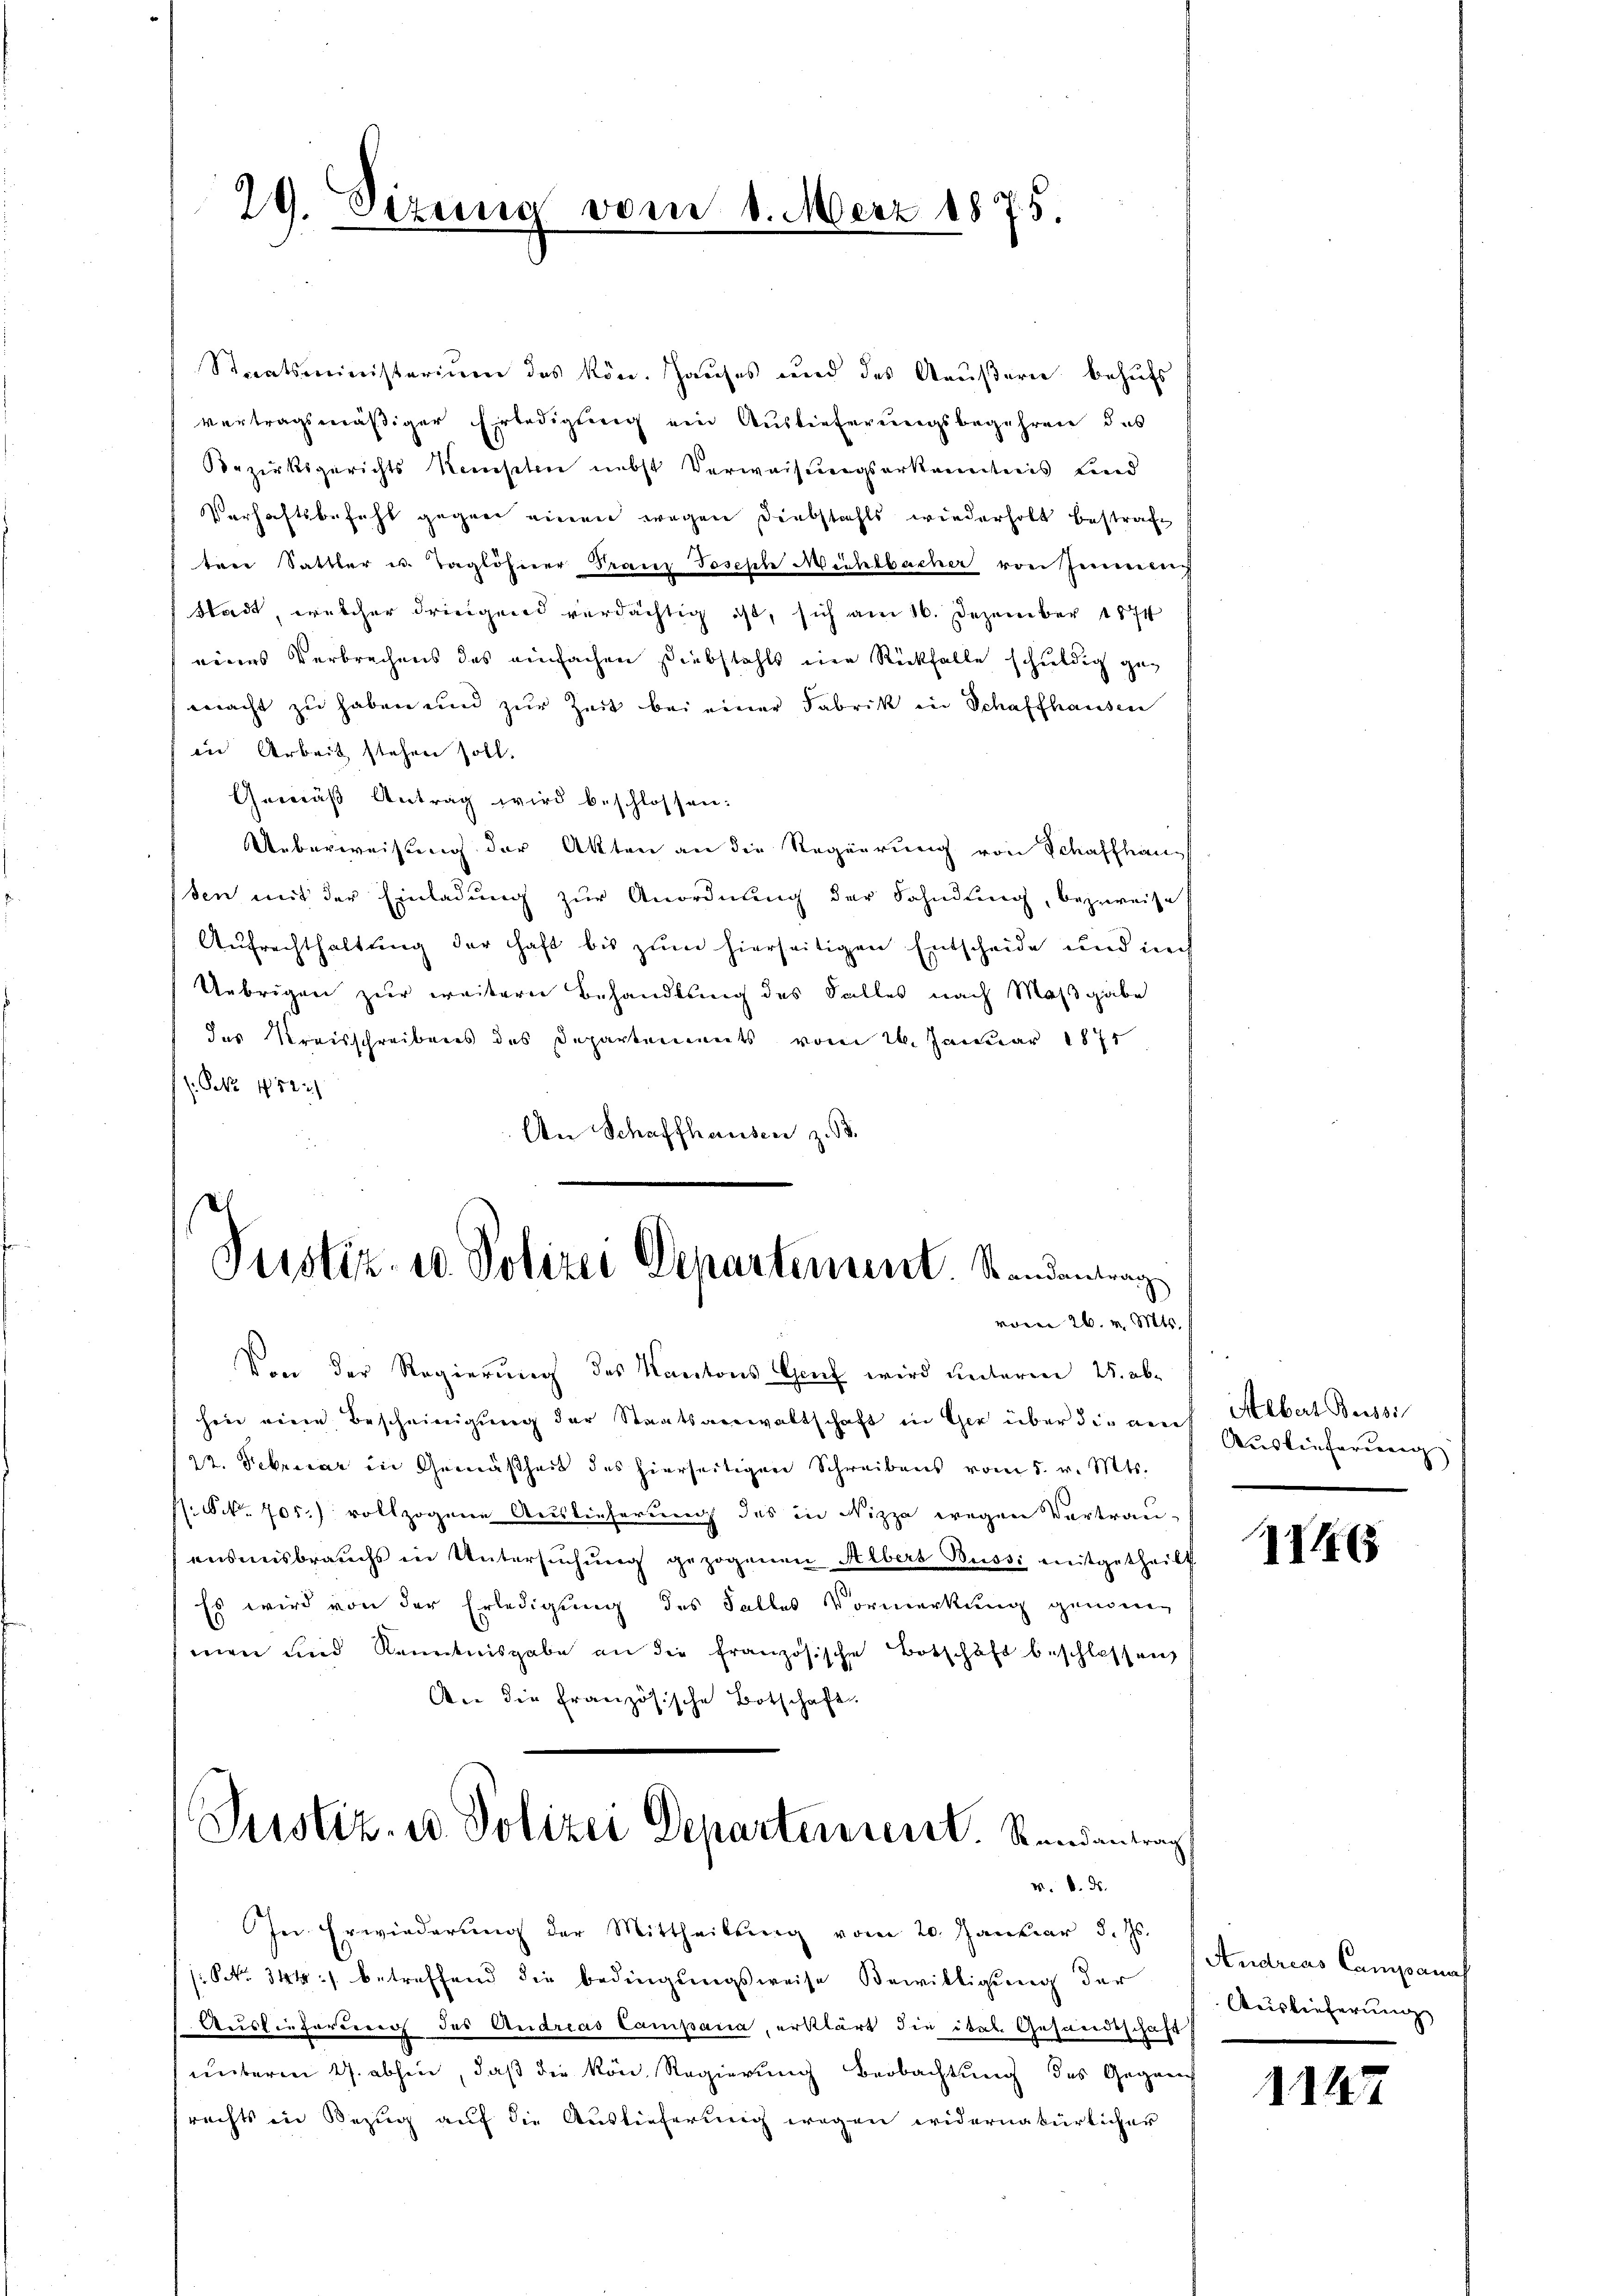
29. Sizung vom 1. März 1875.
e

Staatsministerium des kön. Hauses und des Aeußern behufs
vertragsmäßiger Erledigung ein Auslieferungsbegehren des
Bezirksgerichts Konsten nebst Verweisungserkenntnis und
Verhaftsbefehl gegen einen wegen Diebstahls wiederholt bestrafe
ten Sattler u. Taglöhnerr Franz Joseph Mühlbacher von Immer
Stadt, welcher dringend verdächtig ist, sich am 16. Dezember 1874
eines Verbrechens des einfachen Diebstahls eine Rückfalle schuldig gemacht zu haben und zur Zeit bei einer Fabrik in Schaffhausen
in Arbeit stehen soll.
Gemäβ Antrag wird beschlossen:
Ueberweisung der Akten an die Regierung von Schaffhaus
sen mit der Einladung zur Anordnung der Fahndung, bezweise
Aufrechthaltung der Haft bis zum hierseitigen Entscheide und ich
Uebrigen zur weitern Behandlung des Falles nach Maßgabe
das Kreisschreibens des Departements vom 26. Januar 1871
PNNo. 452)
An Schaffhausen z. B.
Justiz- u. Polizei Departement. Standentrag

vom 26. v. Mts.

Von der Regierung des Kantons Genf wird unterm 25. abhin eine Bescheinigŭng der Staatsanwaltschaft in Ger über die auf Albert Bussi
22. Febricar in Gemäßheit des hierseitiger Schreibens vom 5. v. Mts.
Sk. 705.) vollzogene Auslieferung des in Nizza wegen Vortrau-
ensmisbrauchs in Untersŭchŭng gezogenen Albers Bussi mitgetheilt
Es wird von der Erledigung des Falles Vormerkung genomen
men und Renntnisgabe an die französische Botschäft beschlossen,
An die Französische Botschaft.
Justiz- u. Polizei Departenverst. Randantrag
v. 6. ds.
In Erwiederung der Mittheilŭng vom 20. Januar d. Js.
NNo. 344 betreffend die Bedingungsweise Bewilligung der
Auslieferung des Andreas Campana, erklärt die ital Gesandtschaft
unterm 4. abhin, daß die kön. Regierung Beobachtung des Gegen-
rechts in Bezŭg aŭf die Auslieferung wegen widernatürlicher

Auslieferung

III

Andreas Campanach
Aeislieferung

1147